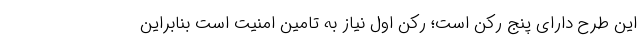
این طرح دارای پنج رکن است؛ رکن اول نیاز به تامین امنیت است بنابراین